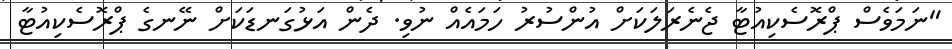
"ނަމަވެސް ޕްރޮސެކިއުޓާ ޖެނެރަލަކަށް އުންސުރު ހަމައެއް ނުވި. ދެން އަޅުގަނޑަކަށް ނޭނގެ ޕްރޮސެކިއުޓާ